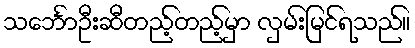
သင်္ဘောဦးဆီတည့်တည့်မှာ လှမ်းမြင်ရသည်။